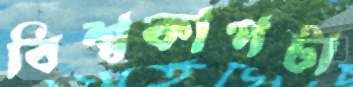
বিশ্বকাপটা